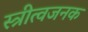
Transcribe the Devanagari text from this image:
स्त्रीत्वजनक